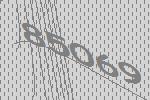
85069